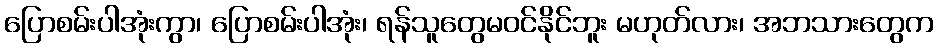
ပြောစမ်းပါအုံးကွာ၊ ပြောစမ်းပါအုံး၊ ရန်သူတွေမဝင်နိုင်ဘူး မဟုတ်လား၊ အဘသားတွေက